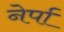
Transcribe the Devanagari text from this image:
नेर्पा